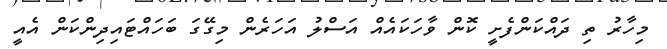
މިހާރު ތި ދައްކަންފެށީ ކޮން ވާހަކައެއް އަސްލު އަހަރެން މިގޭގަ ބަހައްޓައިދިންކަން އެއީ